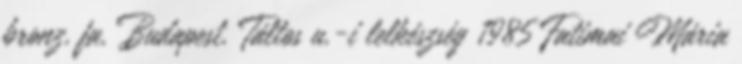
bronz, fa, Budapest, Táltos u.-i lelkészség 1985 Fatimai Mária